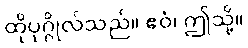
ထိုပုဂ္ဂိုလ်သည်။ ဧဝံ၊ ဤသို့။